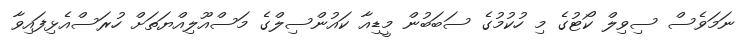
ނަމަވެސް ސިވިލް ކޯޓުގެ މި ހުކުމުގެ ސަބަބުން މީޑިއާ ކައުންސިލްގެ މަސްއޫލިއްޔަތަށް ހުރަސްއެޅިފައިވާ